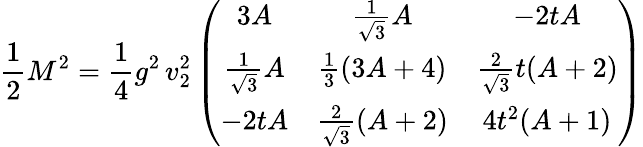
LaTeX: \frac 12M^{2}=\frac 14g^{2}\, v_{2}^{2}\left(\begin{array}{ccc}{{3A}}&{{\frac 1{\sqrt{3}}A}}&{{-2tA}}\\ {{\frac 1{\sqrt{3}}A}}&{{\frac 13(3A+4)}}&{{\frac 2{\sqrt{3}}t(A+2)}}\\ {{-2tA}}&{{\frac 2{\sqrt{3}}(A+2)}}&{{4t^{2}(A+1)}}\end{array}\right)